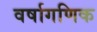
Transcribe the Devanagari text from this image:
वर्षागणिक